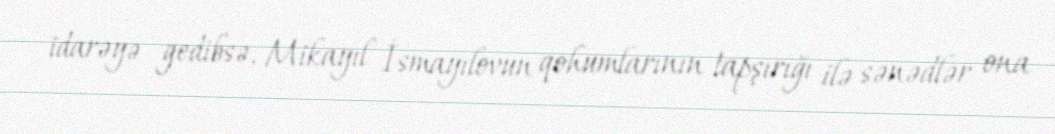
idarəyə gedibsə, Mikayıl İsmayılovun qohumlarının tapşırığı ilə sənədlər ona